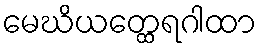
မေဃိယတ္ထေရဂါထာ